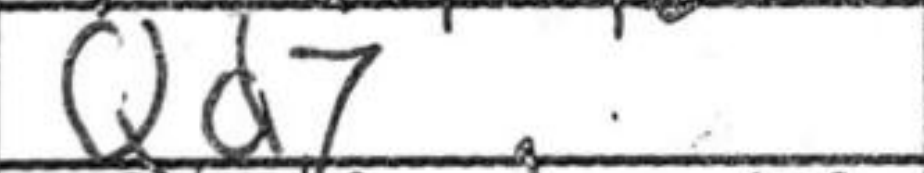
Transcription: Qd7